Leaving Certificate Examination, 1914
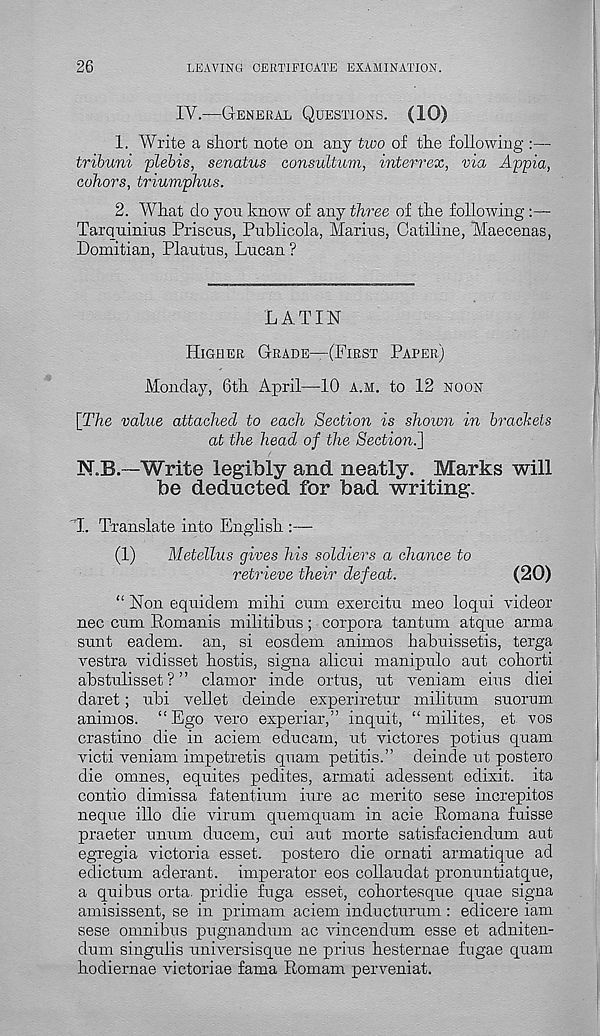
26
LEAVING CERTIFICATE EXAMINATION.
IY.—GENERAL QUESTIONS. (10)
1. Write a short note on any two of the following :—
tribuni plebis, senatus consultum, interrex, via Appia,
cohors, triumphus.
2. What do yon know of any three of the following :—
Tarquinius Priscus, Publicola, Marins, Catiline, Maecenas,
Domitian, Plautus, Lucan ?
LATIN
HIGHER GRADE—(FIRST PAPER)
Monday, 6th April—10 A.M. to 12 NOON
\The value attached to each Section is shown in brackets
at the head of the Sectioni]
NeB.—Write legibly and neatly. Marks will
be deducted for bad writing.
"1. Translate into English :—
(1)
Metellus gives his soldiers a chance to
retrieve their defeat.
(20)
“ Non equidem mihi cum exercitu meo loqui videor
nec cum Romanis militibus; corpora tantum atque anna
sunt eadem. an, si eosdem animos habuissetis, terga
vestra vidisset hostis, signa alicui manipulo aut cohorti
abstulisset ? ” clamor inde ortus, ut veniam eius diei
daret; ubi vellet deinde experiretur militum suorum
animos. “ Ego vero experiar,” inquit, “ milites, et vos
crastino die in aciem educam, ut victores potius quam
victi veniam impetretis quam petitis.” deinde ut postero
die omnes, equites pedites, armati adessent edixit. ita
contio dimissa fatentium hire ac merito sese increpitos
neque illo die virum quemquam in acie Romana fuisse
praeter unnm ducem, cui aut morte satisfaciendum, aut
egregia victoria esset. postero die ornati armatique ad
edictum aderant. imperator eos collaudat pronuntiatque,
a quibus orta. pridie fuga esset, cohortesque quae signa
amisissent, se in primam aciem inducturum: edicere iam
sese omnibus pugnandum ac vincendum esse et adniten-
dum singulis universisque ne prius hesternae fugae quam
hodiernae victoriae fama Romam perveniat.